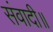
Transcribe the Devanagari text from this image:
संवादी॥